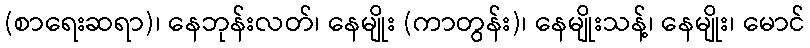
(စာရေးဆရာ)၊ နေဘုန်းလတ်၊ နေမျိုး (ကာတွန်း)၊ နေမျိုးသန့်၊ နေမျိုး၊ မောင်